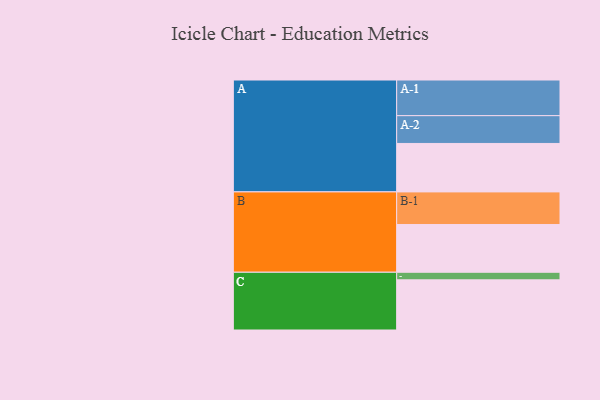
{"axis": {"x": "Segment", "y": "Value"}, "legend": ["", "A", "B", "C"], "data": [{"x": "A", "y": 364, "type": ""}, {"x": "B", "y": 359, "type": ""}, {"x": "C", "y": 377, "type": ""}, {"x": "A-1", "y": 268, "type": "A"}, {"x": "A-2", "y": 209, "type": "A"}, {"x": "B-1", "y": 245, "type": "B"}, {"x": "C-1", "y": 57, "type": "C"}]}